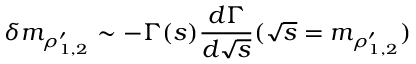
\delta m _ { \rho _ { 1 , 2 } ^ { \prime } } \sim - \Gamma ( s ) { \frac { d \Gamma } { d \sqrt { s } } } ( \sqrt { s } = m _ { \rho _ { 1 , 2 } ^ { \prime } } )